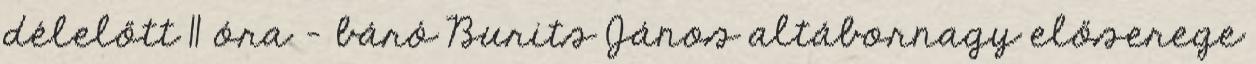
délelőtt 11 óra – báró Burits János altábornagy előserege